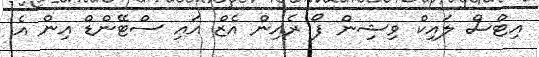
އިޓްސް ލައިކް ވިޝިން ފޯ ރެއިން އެޒް އައި ސްޓޭންޑް އިން އެ